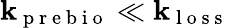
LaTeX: \mathbf{k}_{\mathrm{{~p~r~e~b~i~o~}}}\ll\mathbf{k}_{\mathrm{{~l~o~s~s~}}}